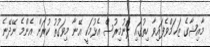
މާއިޝާގެ ޒަޚަމްވެފައިވާ ހިތުގައި ލޮނުމިރުސް އެޅުމަކީ އޭނާ މިވަގުތު ކުރަން އެންމެ ނޭދޭނެ